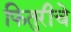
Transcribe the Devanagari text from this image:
फितुरीचे